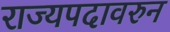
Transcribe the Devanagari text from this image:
राज्यपदावरुन